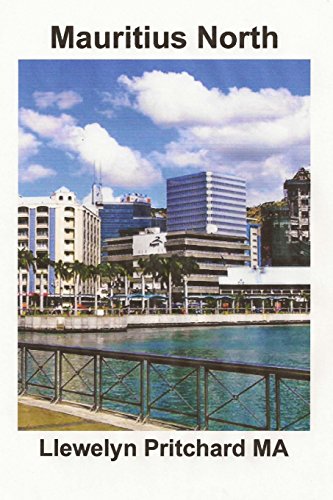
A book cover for Mauritius North: En Souvenir Innsamling av Farge Fotografier med bildetekster (Foto Album) (Volume 11) (Norwegian Edition); Llewelyn Pritchard MA; Travel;